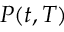
\textstyle P ( t , T )